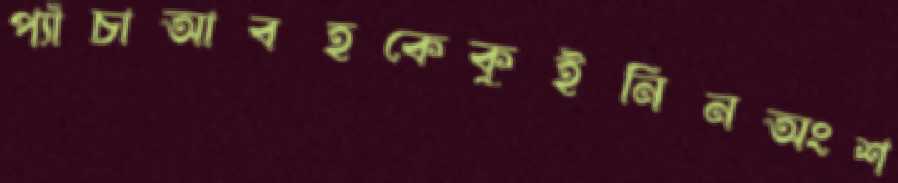
প্যাঁচাআবহকেকুইনিনঅংশ